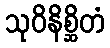
သုဝိနိစ္ဆိတံ